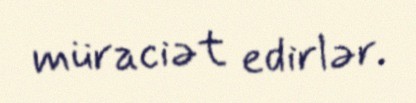
müraciət edirlər.